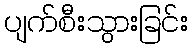
ပျက်စီးသွားခြင်း